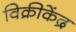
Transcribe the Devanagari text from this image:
विक्रीकेंद्र